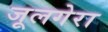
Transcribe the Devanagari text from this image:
जूलगेरा